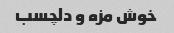
خوش مزه و دلچسب